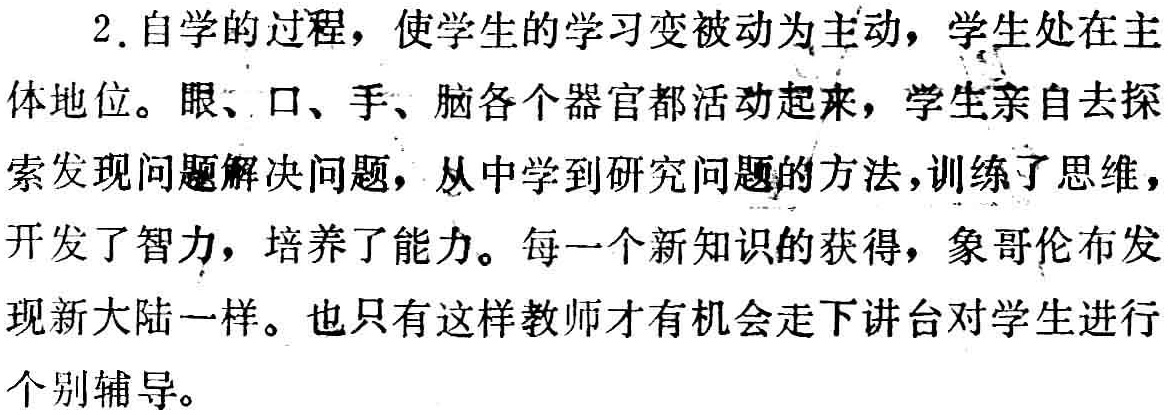
2. 自学的过程，使学生的学习变被动为主动，学生处在主
体地位。眼、口、手、脑各个器官都活动起来，学生亲自去探
索发现问题解决问题，从中学到研究问题的方法，训练了思维，
开发了智力，培养了能力。每一个新知识的获得，象哥伦布发
现新大陆一样。也只有这样教师才有机会走下讲台对学生进行
个别辅导。